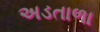
અડતાળા